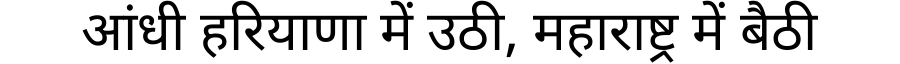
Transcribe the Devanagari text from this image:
आंधी हरियाणा में उठी, महाराष्ट्र में बैठी